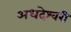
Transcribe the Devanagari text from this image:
अधदेश्वरी